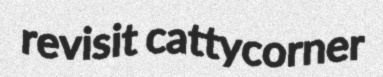
revisit cattycorner